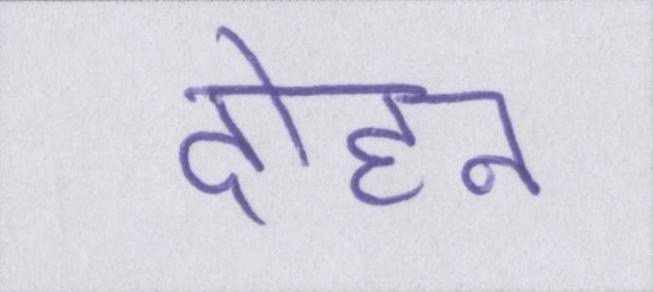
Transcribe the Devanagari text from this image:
दोहन